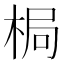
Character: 梮